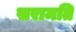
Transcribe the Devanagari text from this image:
सरामति